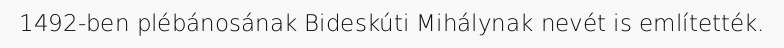
1492-ben plébánosának Bideskúti Mihálynak nevét is említették.